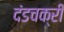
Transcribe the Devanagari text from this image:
दंडचक्री